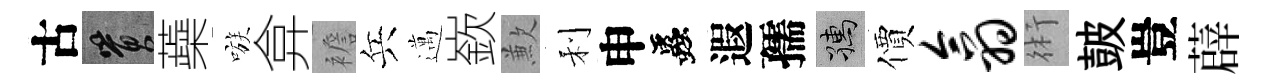
古篔蘃嗾弇襜兵邁嶔歉利申蟲遐孺孺價翕術皷豈薜